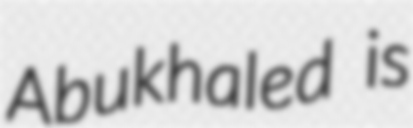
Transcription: Abukhaled is